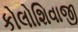
કોલોશિવાજી